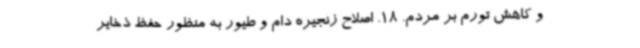
و کاهش تورم بر مردم. 18. اصلاح زنجیره دام و طیور به منظور حفظ ذخایر